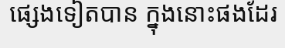
ផ្សេងទៀតបាន ក្នុងនោះផងដែរ